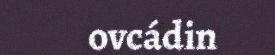
ovcádin